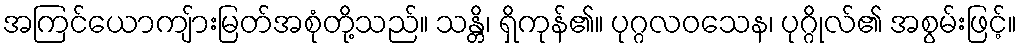
အကြင်ယောကျ်ားမြတ်အစုံတို့သည်။ သန္တိ၊ ရှိကုန်၏။ ပုဂ္ဂလဝသေန၊ ပုဂ္ဂိုလ်၏ အစွမ်းဖြင့်။